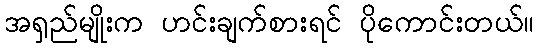
အရှည်မျိုးက ဟင်းချက်စားရင် ပိုကောင်းတယ်။